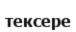
тексере